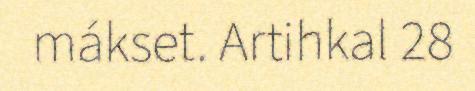
mákset. Artihkal 28